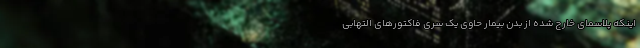
اینکه پلاسمای خارج شده از بدن بیمار حاوی یک سری فاکتورهای التهابی